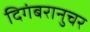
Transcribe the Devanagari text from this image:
दिगंबरानुचर